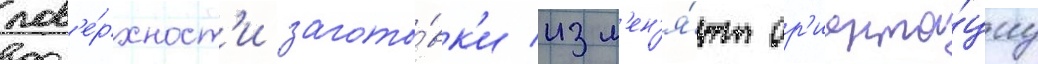
пов'е́рхност'и загото́вк'и изм'ен'я́ют ор'иента́циу